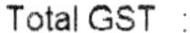
TOTAL GST :